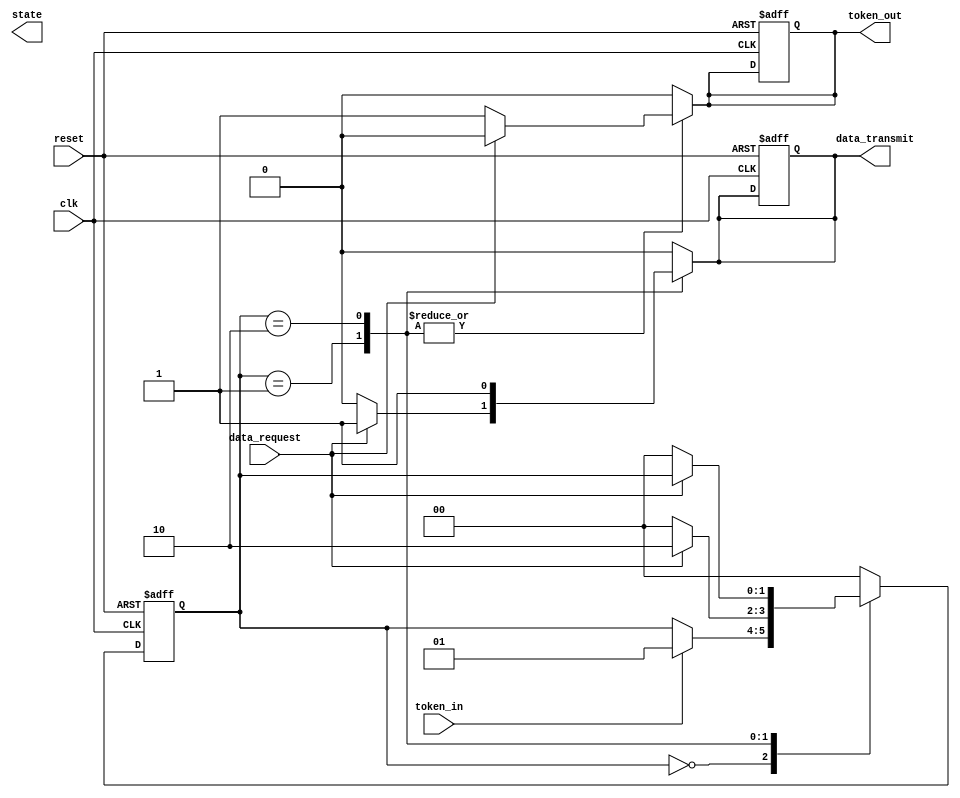
module token_ring_synchronizer (
    input wire clk,              // Clock signal
    input wire reset,            // Reset signal
    input wire token_in,         // Token input from the previous node
    input wire data_request,      // Data request from the node
    output reg token_out,        // Token output to the next node
    output reg data_transmit,    // Data transmission signal
    output reg [1:0] state       // Current state of the FSM
);

    // State encoding
    localparam IDLE               = 2'b00;
    localparam TOKEN_PRESENT      = 2'b01;
    localparam DATA_TRANSMISSION  = 2'b10;

    // State register
    reg [1:0] current_state, next_state;

    // Sequential logic for state transition
    always @(posedge clk or posedge reset) begin
        if (reset) begin
            current_state <= IDLE;
            token_out <= 0;
            data_transmit <= 0;
        end else begin
            current_state <= next_state;
        end
    end

    // Combinational logic for next state and outputs
    always @(*) begin
        // Default values
        next_state = current_state;
        token_out = 0;
        data_transmit = 0;

        case (current_state)
            IDLE: begin
                if (token_in) begin
                    next_state = TOKEN_PRESENT;
                end
            end

            TOKEN_PRESENT: begin
                if (data_request) begin
                    data_transmit = 1; // Start data transmission
                    next_state = DATA_TRANSMISSION;
                end else begin
                    token_out = 1; // Pass the token to the next node
                    next_state = IDLE;
                end
            end

            DATA_TRANSMISSION: begin
                data_transmit = 1; // Continue data transmission
                if (!data_request) begin
                    token_out = 1; // Pass the token after transmission
                    next_state = IDLE;
                end
            end

            default: begin
                next_state = IDLE; // Default to IDLE state
            end
        endcase
    end

endmodule